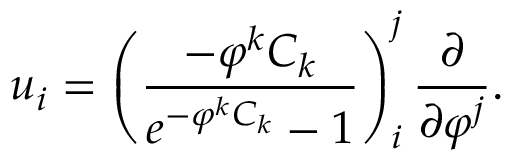
u _ { i } = \left( \frac { - \varphi ^ { k } C _ { k } } { e ^ { - \varphi ^ { k } C _ { k } } - 1 } \right) _ { i } ^ { j } \frac { \partial } { \partial \varphi ^ { j } } .